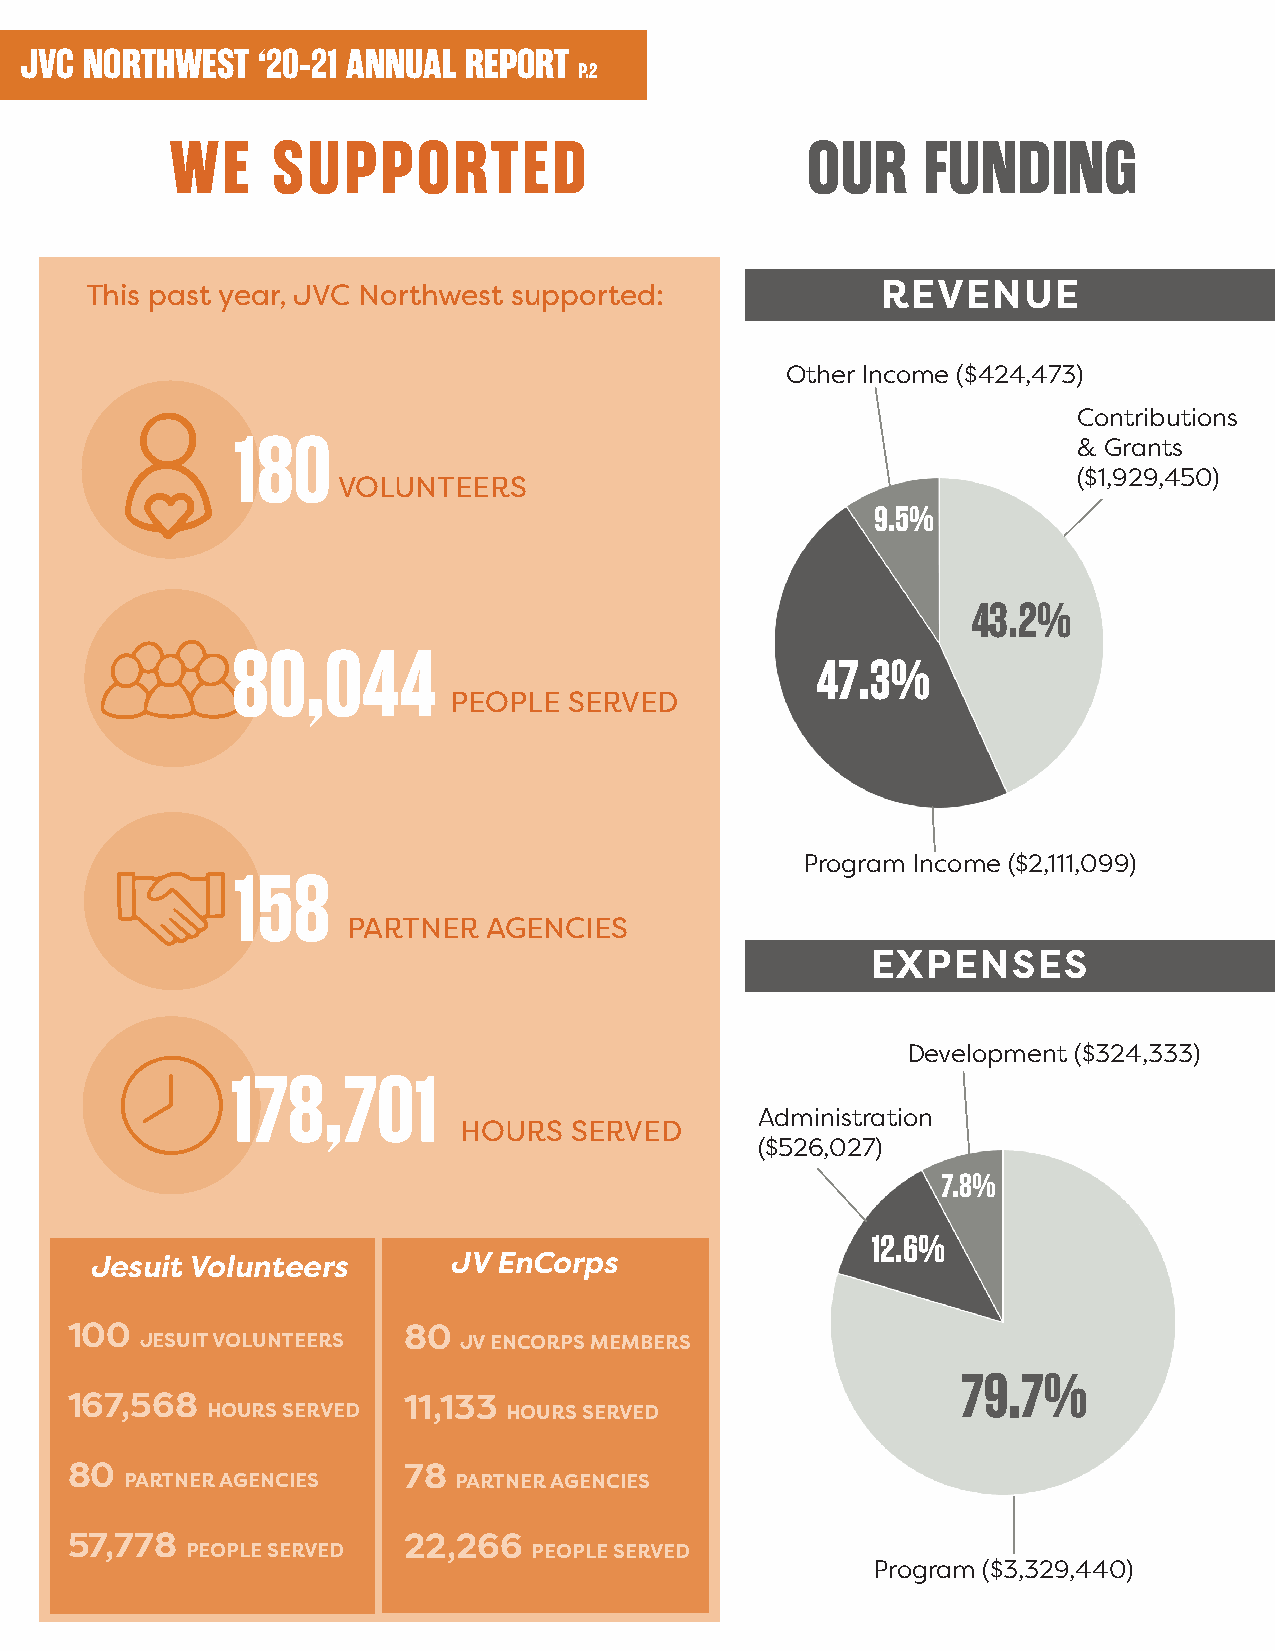
JVC  NORTHWEST  ‘20-21 ANNUAL REPORT
 P.2
 WE     SUPPORTED                          OUR     FUNDING
 This past year, JVC Northwest supported:            REVENUE
 Other Income ($424,473)
 Contributions
 180                                                     & Grants
 ($1,929,450)
 VOLUNTEERS
 9.5%
 43.2%
 80,044
 47.3%
 PEOPLE  SERVED
 Program Income ($2,111,099)
 158
 PARTNER  AGENCIES
 EXPENSES
 Development ($324,333)
 178,701
 Administration
 HOURS   SERVED
 ($526,027)
 7.8%
 12.6%
 Jesuit Volunteers       JV EnCorps
 100                    80
 JESUIT VOLUNTEERS    JV ENCORPS MEMBERS
 79.7%
 167,568                11,133
 HOURS SERVED        HOURS SERVED
 80                     78
 PARTNER AGENCIES      PARTNER AGENCIES
 57,778                 22,266
 PEOPLE SERVED          PEOPLE SERVED
 Program ($3,329,440)